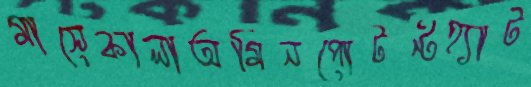
মাসেকালাঅমিনপোটন্টহ্যাট